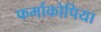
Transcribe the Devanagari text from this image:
फर्माकोपिया